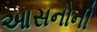
આસનોની